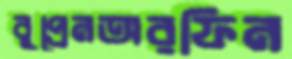
বুপ্রেনঅরফিন